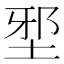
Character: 𡌯